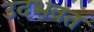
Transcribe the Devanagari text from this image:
उदभवत